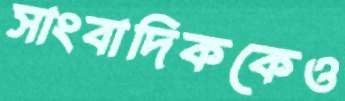
সাংবাদিককেও